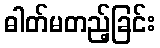
ဓါတ်မတည့်ခြင်း